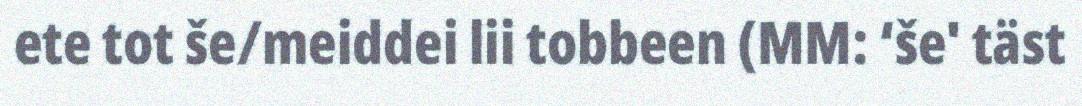
ete tot še/meiddei lii tobbeen (MM: ‘še' täst